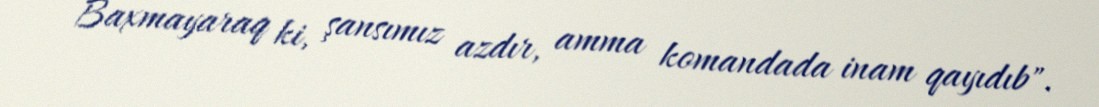
Baxmayaraq ki, şansımız azdır, amma komandada inam qayıdıb".